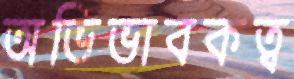
অভিভাবকত্ব